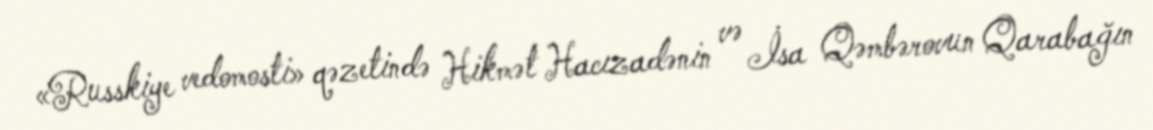
«Russkiye vedomosti» qəzetində Hikmət Hacızadənin və İsa Qəmbərovun Qarabağın